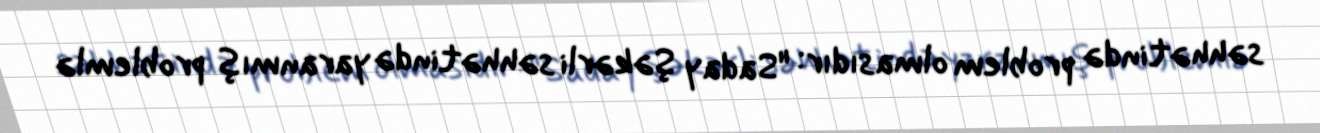
səhhətində problem olmasıdır: "Saday Şəkərli səhhətində yaranmış problemlə